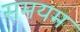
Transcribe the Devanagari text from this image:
समयम